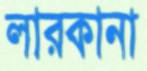
লারকানা